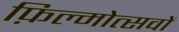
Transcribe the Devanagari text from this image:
फ़िल्मोत्सवों